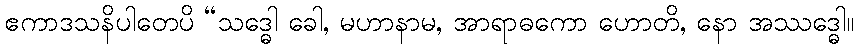
ဧကာဒသနိပါတေပိ “သဒ္ဓေါ ခေါ, မဟာနာမ, အာရာဓကော ဟောတိ, နော အဿဒ္ဓေါ။